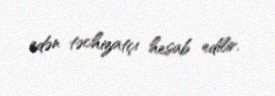
edən təchizatçı hesab edilir.